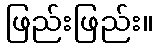
ဖြည်းဖြည်း။